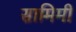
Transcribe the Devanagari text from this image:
सामिमी